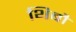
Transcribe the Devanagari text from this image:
थिबौ